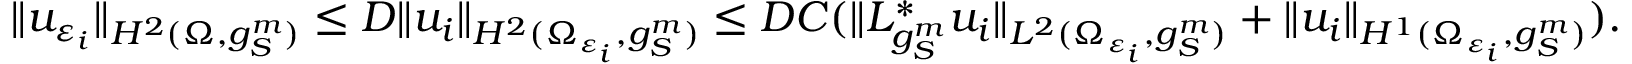
\| u _ { \varepsilon _ { i } } \| _ { H ^ { 2 } ( \Omega , g _ { S } ^ { m } ) } \leq D \| u _ { i } \| _ { H ^ { 2 } ( \Omega _ { \varepsilon _ { i } } , g _ { S } ^ { m } ) } \leq D C ( \| L _ { g _ { S } ^ { m } } ^ { * } u _ { i } \| _ { L ^ { 2 } ( \Omega _ { \varepsilon _ { i } } , g _ { S } ^ { m } ) } + \| u _ { i } \| _ { H ^ { 1 } ( \Omega _ { \varepsilon _ { i } } , g _ { S } ^ { m } ) } ) .